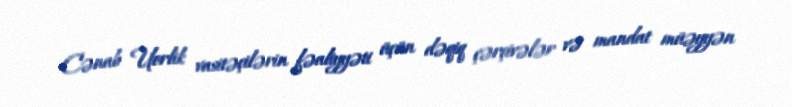
Cənab Uorlik vasitəçilərin fəaliyyəti üçün dəqiq çərçivələr və mandat müəyyən